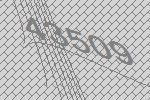
43509